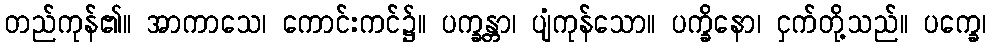
တည်ကုန်၏။ အာကာသေ၊ ကောင်းကင်၌။ ပက္ခန္တာ၊ ပျံကုန်သော။ ပက္ခိနော၊ ငှက်တို့သည်။ ပက္ခေ၊